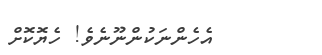
އެހެންނަކުންނޫނެވެ! ހެޔޮކޮށް